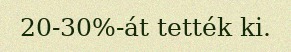
20-30%-át tették ki.